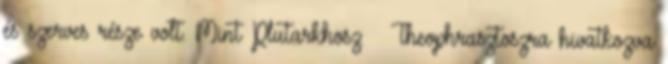
és szerves része volt. Mint Plutarkhosz – Theophrasztoszra hivatkozva